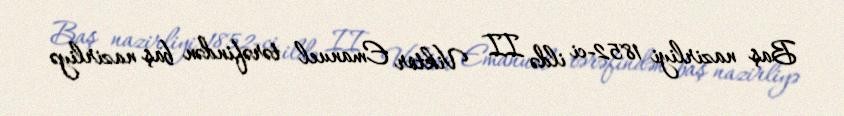
Baş nazirliyi 1852-ci ildə II Viktor Emanuel tərəfindən baş nazirliyə